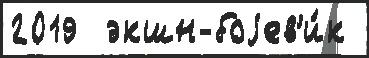
2019  экшн-боjев'и́к